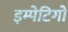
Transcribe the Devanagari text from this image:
इम्पेटिगो